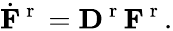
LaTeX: \dot{{\mathbf F}}^{\mathrm{~r~}}={\mathbf D}^{\mathrm{~r~}}{\mathbf F}^{\mathrm{~r~}}.